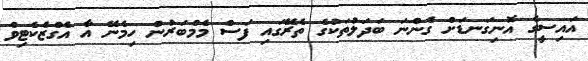
އައިސީގެ އޮނިގަނޑަށް ގެންނަ ބަދަލުތަކުގެ ތެރޭގައި ފަސް މެމްބަރުން ހިމެނޭ އާ އެގްޒެކެޓިވް